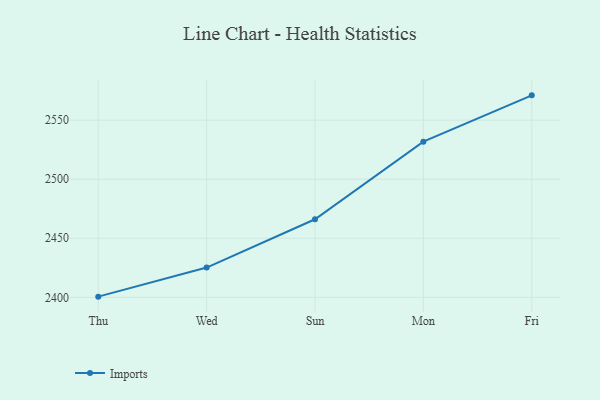
{"axis": {"x": "Day", "y": "Backlog"}, "legend": ["Imports"], "data": [{"x": "Thu", "y": 2400.6, "type": "Imports"}, {"x": "Wed", "y": 2425.2, "type": "Imports"}, {"x": "Sun", "y": 2466.1, "type": "Imports"}, {"x": "Mon", "y": 2531.8, "type": "Imports"}, {"x": "Fri", "y": 2571.0, "type": "Imports"}]}